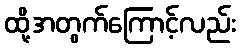
ထို့အတွက်ကြောင့်လည်း